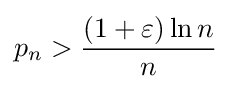
p_{n}>{\frac {(1+\varepsilon )\ln n}{n}}